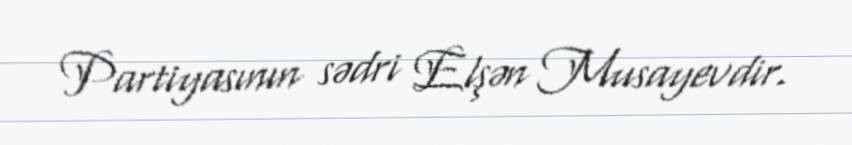
Partiyasının sədri Elşən Musayevdir.